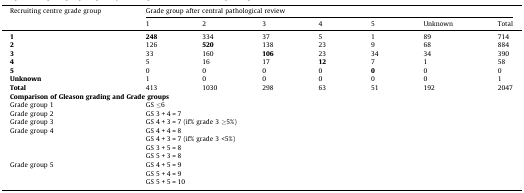
<table><thead><tr><td rowspan="2"><b>Recruiting centre grade group</b></td><td colspan="7"><b>Grade group after central pathological review</b></td></tr><tr><td><b>1</b></td><td><b>2</b></td><td><b>3</b></td><td><b>4</b></td><td><b>5</b></td><td><b>Unknown</b></td><td><b>Total</b></td></tr></thead><tbody><tr><td><b>1</b></td><td><b>248</b></td><td>334</td><td>37</td><td>5</td><td>1</td><td>89</td><td>714</td></tr><tr><td><b>2</b></td><td>126</td><td><b>520</b></td><td>138</td><td>23</td><td>9</td><td>68</td><td>884</td></tr><tr><td><b>3</b></td><td>33</td><td>160</td><td><b>106</b></td><td>23</td><td>34</td><td>34</td><td>390</td></tr><tr><td><b>4</b></td><td>5</td><td>16</td><td>17</td><td><b>12</b></td><td>7</td><td>1</td><td>58</td></tr><tr><td><b>5</b></td><td>0</td><td>0</td><td>0</td><td>0</td><td><b>0</b></td><td>0</td><td>0</td></tr><tr><td><b>Unknown</b></td><td>1</td><td>0</td><td>0</td><td>0</td><td>0</td><td>0</td><td>1</td></tr><tr><td><b>Total</b></td><td>413</td><td>1030</td><td>298</td><td>63</td><td>51</td><td>192</td><td>2047</td></tr><tr><td colspan="8"><b>Comparison of Gleason grading and Grade groups</b></td></tr><tr><td>Grade group 1</td><td colspan="7">GS ≤6</td></tr><tr><td>Grade group 2</td><td colspan="7">GS 3 + 4 = 7</td></tr><tr><td>Grade group 3</td><td colspan="7">GS 4 + 3 = 7 (if% grade 3 ≥5%)</td></tr><tr><td>Grade group 4</td><td colspan="7">GS 4 + 4 = 8</td></tr><tr><td></td><td colspan="7">GS 4 + 3 = 7 (if% grade 3 &lt;5%)</td></tr><tr><td></td><td colspan="7">GS 3 + 5 = 8</td></tr><tr><td></td><td colspan="7">GS 5 + 3 = 8</td></tr><tr><td>Grade group 5</td><td colspan="7">GS 4 + 5 = 9</td></tr><tr><td></td><td colspan="7">GS 5 + 4 = 9</td></tr><tr><td></td><td colspan="7">GS 5 + 5 = 10</td></tr></tbody></table>